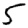
Digit: 5